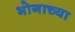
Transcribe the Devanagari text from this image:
भोगाच्या